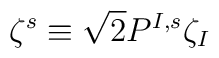
\zeta^s \equiv  {\sqrt{2}} P^{I, s} \zeta_I